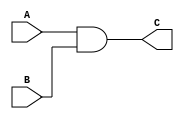
`timescale 1ns / 1ps
module and_gate(input A,B, output C);
and (C,A,B);
endmodule